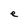
Character: e